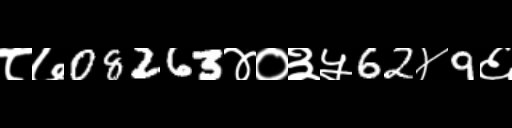
Text: ८७08263४०३५62४9६